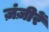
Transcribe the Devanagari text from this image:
ज़ंज़ीरें